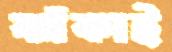
ঝাঁকাই